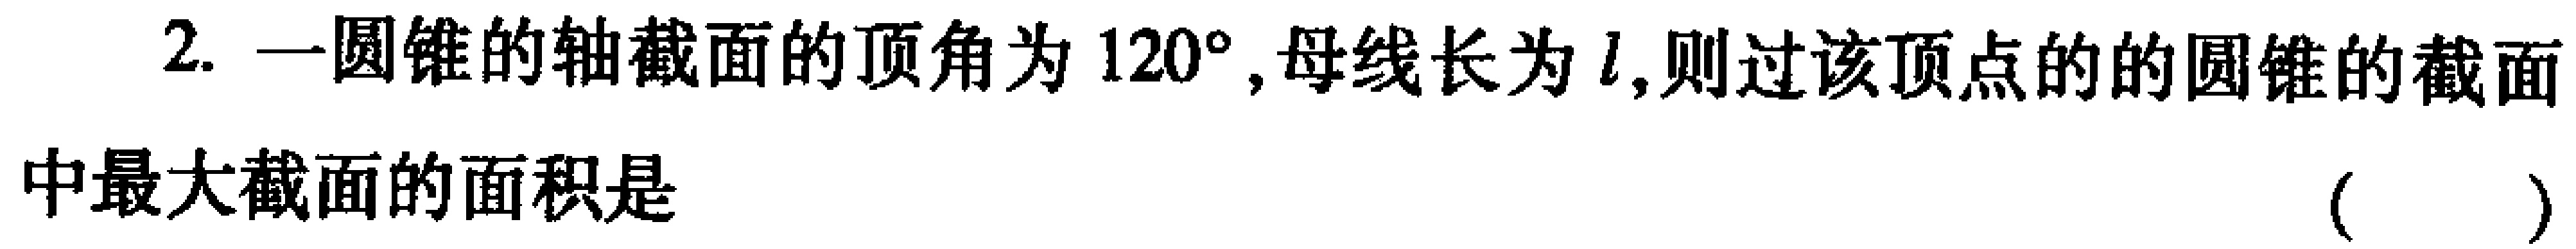
2. 一圆锥的轴截面的顶角为\(120^{\circ}\)，母线长为\(l\)，则过该顶点的的圆锥的截面中最大截面的面积是 （  ）